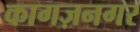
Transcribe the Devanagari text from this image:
कागज़नगर